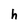
Character: h